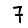
Digit: 7